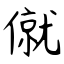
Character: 僦